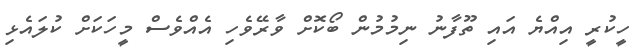
ހީކުރީ އިއްޔެ އައި ތޫފާނު ނިމުމުން ބޯކޮށް ވާރޭވެހި އެއްވެސް މީހަކަށް ކުލައެޅި